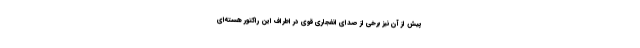
پیش از آن نیز برخی از صدای انفجاری قوی در اطراف این راکتور هسته‌ای